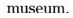
museum.